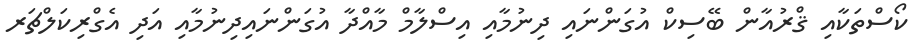
ކޯސްތަކާއި ޤްރުއާން ބޭސިކް އުގަންނައި ދިނުމާއި އިސްލާމް މާއްދާ އުގަންނައިދިނުމާއި އަދި އެގްރިކަލްޗަރ